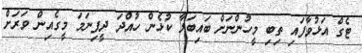
ޓެގް އަޅުވާފައި ތިބި މީހުންނަށް ބައިބަލާ ކުޅެން ހުއްދަ ދީފިނަމަ މީގެއިން ވަރަށް